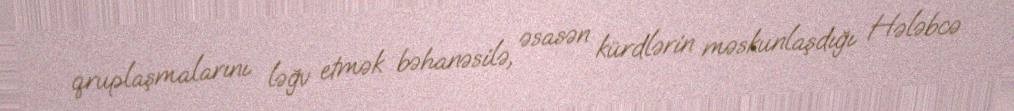
qruplaşmalarını ləğv etmək bəhanəsilə, əsasən kürdlərin məskunlaşdığı Hələbcə